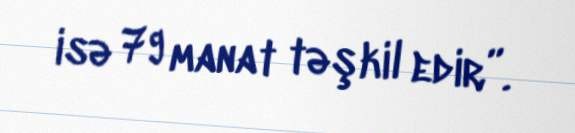
isə 79 manat təşkil edir”.